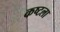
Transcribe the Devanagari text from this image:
कष्टला